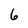
Character: 6